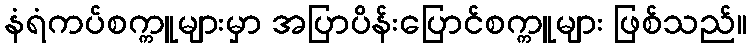
နံရံကပ်စက္ကူများမှာ အပြာပိန်းပြောင်စက္ကူများ ဖြစ်သည်။